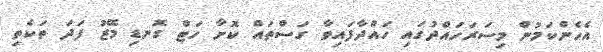
އެހެންކަމުން މިސަރަހައްދުގައި ހައްދާފައިވާ ގަސްތައް ކޮށާ ހަޓް ގޮނޑި މޭޒު ފަދަ ތަކެތި